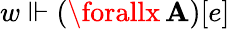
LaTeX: w\Vdash(\forallx\, \mathbf{A})[e]